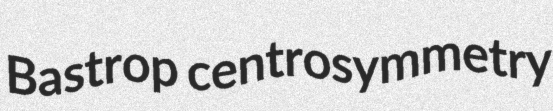
Bastrop centrosymmetry